Indian journal of veterinary science and animal husbandry - Volume 11,
Year: 1941
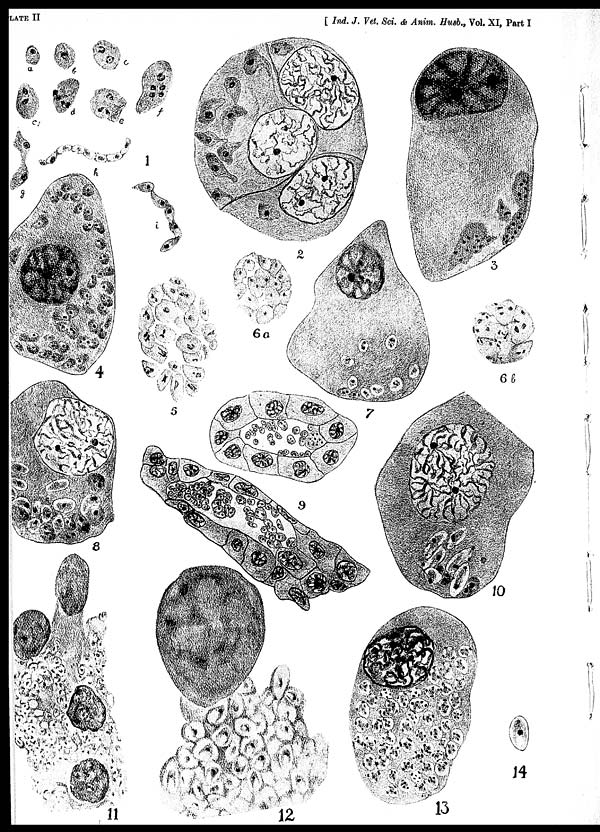
LATE
II
[ Ind. J. Vet. Sci. & Anim. Husb., Vol. XI, Part I